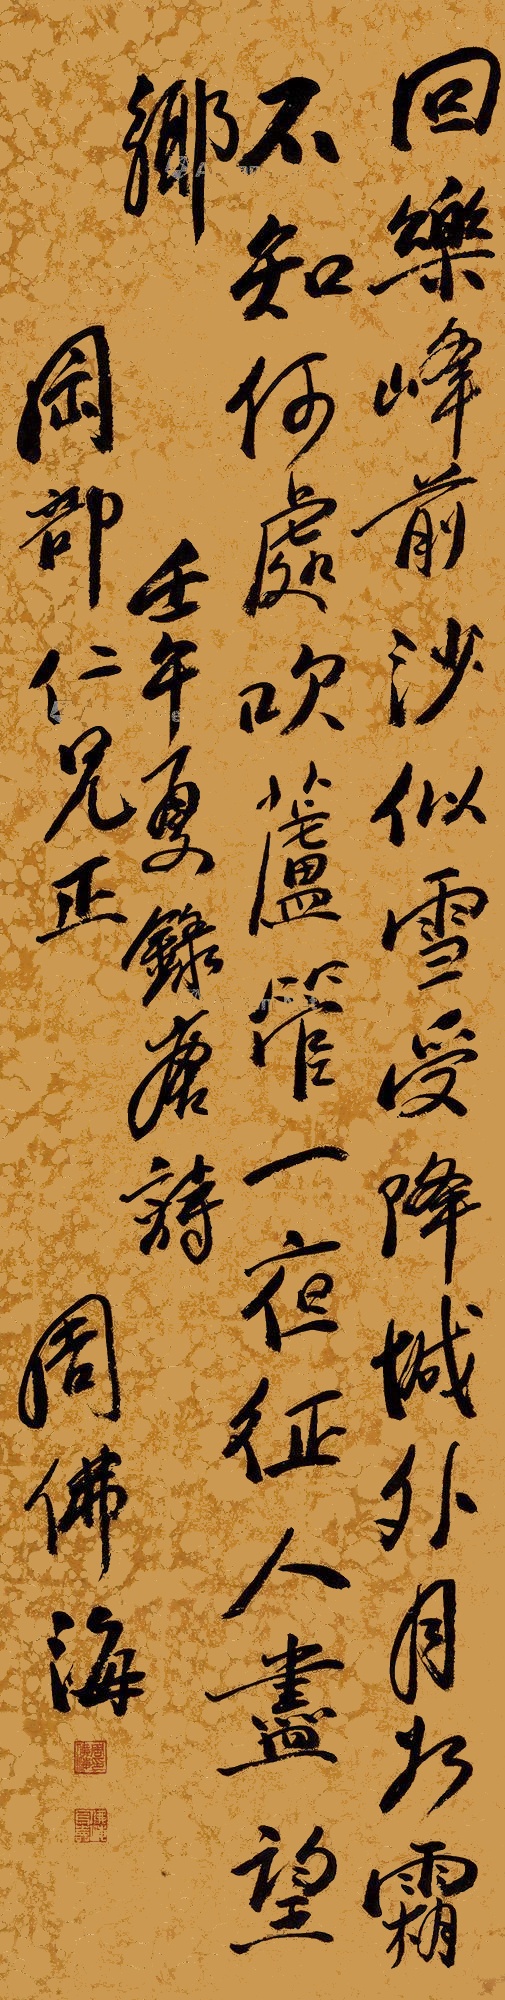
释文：回乐峰前沙似雪，受降城外月如霜。不知何处吹芦管，一夜征人尽望乡。壬午（1942年）夏录唐诗，冈部仁兄正，周佛海。